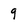
Character: 9